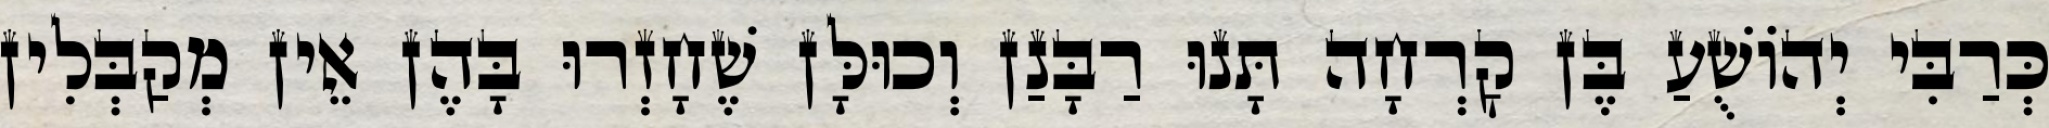
כְּרַבִּי יְהוֹשֻׁעַ בֶּן קׇרְחָה תָּנוּ רַבָּנַן וְכוּלָּן שֶׁחָזְרוּ בָּהֶן אֵין מְקַבְּלִין